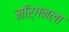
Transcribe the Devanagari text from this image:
मॉर्गनला